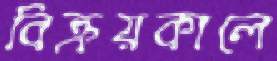
বিক্রয়কালে